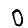
Digit: 0